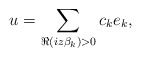
\begin{align*} u = \sum_{\Re(i z \beta_k) > 0} c_k e_k,\end{align*}